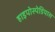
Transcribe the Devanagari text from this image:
हाइपोस्पेडियास